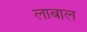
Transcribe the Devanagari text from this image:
लाबाल